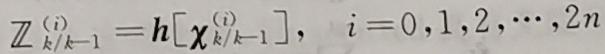
$\mathbb{Z}_{k / k-1}^{(i)}=h\left[\boldsymbol{\chi}_{k / k-1}^{(i)}\right], \quad i=0,1,2, \cdots, 2 n$